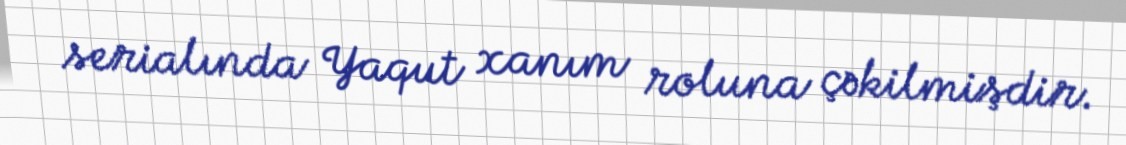
serialında Yaqut xanım roluna çəkilmişdir.